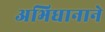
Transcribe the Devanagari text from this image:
अभिधानाने